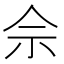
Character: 佘